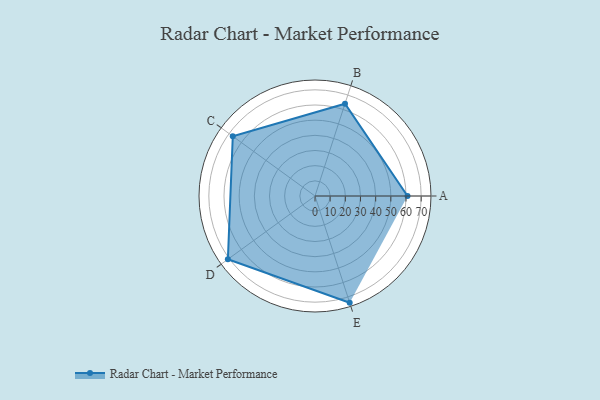
{"axis": {"x": "Skill", "y": "Score"}, "legend": ["Profile"], "data": [{"x": "A", "y": 61.0, "type": "Profile"}, {"x": "B", "y": 64.0, "type": "Profile"}, {"x": "C", "y": 67.0, "type": "Profile"}, {"x": "D", "y": 71.0, "type": "Profile"}, {"x": "E", "y": 74.0, "type": "Profile"}]}